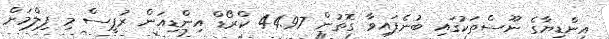
އިންޑިޔާގެ ނޫސްތަކުގައި ބުނެފައިވާ ގޮތުން 44.97 ކްރޯޑް އިންޑިއަން ރުޕީސް މި ފިލްމަށް